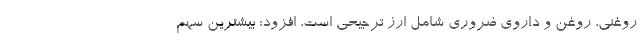
روغنی، روغن و داروی ضروری شامل ارز ترجیحی است، افزود: بیشترین سهم